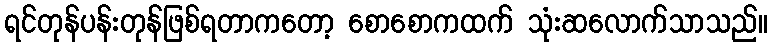
ရင်တုန်ပန်းတုန်ဖြစ်ရတာကတော့ စောစောကထက် သုံးဆလောက်သာသည်။